Annual report on the working of the lock hospitals in the North-Western Provinces and Oudh
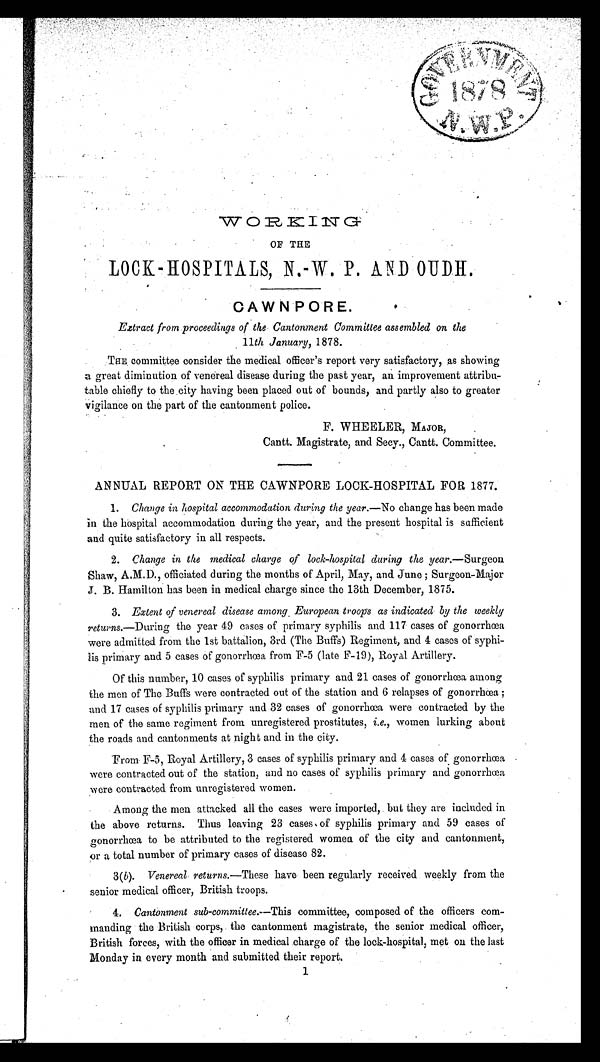
W O R K I N G
OF THE
LOCK-HOSPITALS, N.-W. P. AND OUDH.
CAWNPORE.
Extract from proceedings of the Cantonment Committee assembled on the
11 th January, 1878.
THE committee consider the medical officer's report very satisfactory, as showing
a great diminution of venereal disease during the past year, an improvement attribu-
table chiefly to the city having been placed out of bounds, and partly also to greater
vigilance on the part of the cantonment police.
F. WHEELER, MAJOR,
Cantt. Magistrate, and Secy., Cantt. Committee.
ANNUAL REPORT ON THE CAWNPORE LOCK-HOSPITAL FOR 1877.
1. Change in hospital accommodation during the year. —No change has been made
in the hospital accommodation during the year, and the present hospital is sufficient
and quite satisfactory in all respects.
2. Change in the medical charge of lock-hospital during the year. —Surgeon
Shaw, officiated during the months of April, May, and June ; Surgeon-Major
J. B. Hamilton has been in medical charge since the 13th December, 1875.
3. Extent of venereal disease among , European troop's as indicated by the weekly
r e t u r n s .
— D u r i n g t h e y e a r 4 9 c a s e s o f p r i m a r y s y p h i l i s a n d 1 1 7 c a s e s o f g o n o r r h œ a
were admitted from the 1st battalion, 3rd (The Buffs) Regiment, and 4 cases of syphi-
lis primary and 5 cases of gonorrhœa from F-5 (late F-19), Royal Artillery.
Of this number, 10 cases of syphilis primary and 21 cases of gonorrhœa among
the men of The Buffs were contracted out of the station and 6 relapses of gonorrhœa ;
and 17 cases of syphilis primary and 32 cases of gonorrhœa were contracted by the
men of the same regiment from unregistered prostitutes, i.e., women lurking about
the roads and cantonments at night and in the city.
From F-5, Royal Artillery, 3 cases of syphilis primary and 4 cases of gonorrhœa
were contracted out of the station, and no cases of syphilis primary and gonorrhœa
were contracted from unregistered women.
•Among the men attacked all the cases were imported,. but they are included in
the above returns. Thus leaving 23 cases, of syphilis primary and 59 cases of
gonorrhœa to be attributed to the registered women of the city and cantonment,
or a total number of primary cases of disease 82.
3(b). Venereal returns. —These have been regularly received. weekly from the
senior medical officer, British troops.
4. Cantonment sub-committee.—This committee, composed of the officers com-
manding the British corps, the cantonment magistrate, the senior medical officer,
British forces, with the officer in medical .charge of the lock-hospital, met on the last
Monday in every month and submitted their report.
1